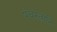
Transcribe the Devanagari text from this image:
पंचरत्नानि